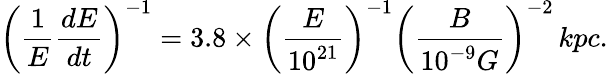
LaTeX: \left(\frac{1}{E}\frac{dE}{dt}\right)^{-1}=3.8\times\left(\frac{E}{10^{21}}\right)^{-1}\left(\frac{B}{10^{-9}G}\right)^{-2}\, kpc.